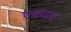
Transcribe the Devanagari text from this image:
एकदश